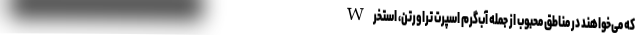
که می‌خواهند در مناطق محبوب از جمله آب‌گرم اسپرت تراورتن، استخر W